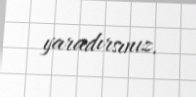
yaradırsınız.